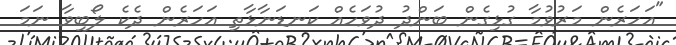
"އަހަރެން މަރުވުމާ ގުޅިގެން ބަންދު ދުވަހެއް ކަނޑަނާޅާތި އަހަރެން ދެކެ ލޯބިވާ ނަމަ